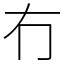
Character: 冇